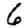
Digit: 6